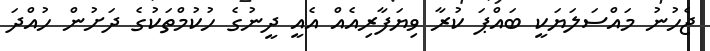
ޖެހުނު މައްސަލަޔަކީ ބައްޕަ ކުރާ ވިޔަފާރިއެއް އެއީ ދީނުގެ ހުކުމްތަކުގެ ދަށުން ހުއްދަ